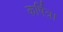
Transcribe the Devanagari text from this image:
कर्षित्र।